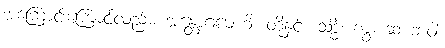
အကြောင်းကြောင့်လည်း။ အန္တောဂဓေဟိ၊ တို့နှင့်။ သဒ္ဓိံ၊ ကွ။ ဆ ဘဝါ၊